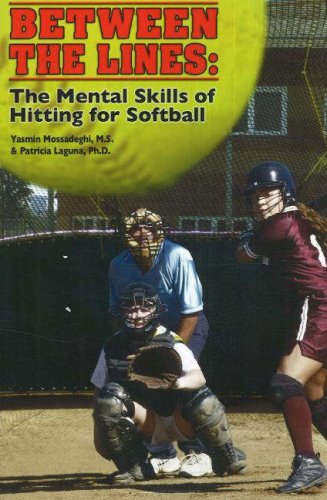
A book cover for Between the Lines: The Mental Skills of Hitting for Softball; Yasmin Mossadeghi; Sports & Outdoors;